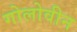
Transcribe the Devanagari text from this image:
गोलोवीन